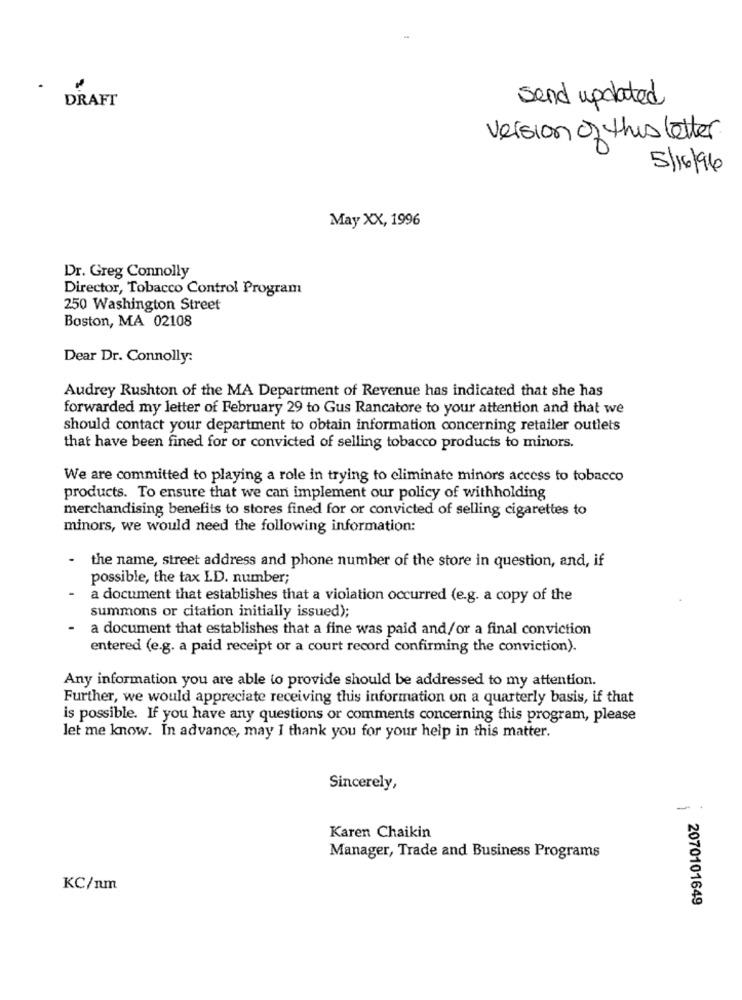
DRAFT
send updated
version of this letter
5/16/96
May XX, 1996
Dr. Greg Connolly
Director, Tobacco Control Program
250 Washington Street
Boston, MA 02108
Dear Dr. Connolly:
Audrey Rushton of the MA Department of Revenue has indicated that she has
forwarded my letter of February 29 to Gus Rancatore to your attention and that we
should contact your department to obtain information concerning retailer outlets
that have been fined for or convicted of selling tobacco products to minors.
We are committed to playing a role in trying to eliminate minors access to tobacco
products. To ensure that we can implement our policy of withholding
merchandising benefits to stores fined for or convicted of selling cigarettes to
minors, we would need the following information:
- the name, street address and phone number of the store in question, and, if
possible, the tax I.D. number;
a document that establishes that a violation occurred (e.g. a copy of the
summons or citation initially issued);
- a document that establishes that a fine was paid and/or a final conviction
entered (e.g. a paid receipt or a court record confirming the conviction).
Any information you are able to provide should be addressed to my attention.
Further, we would appreciate receiving this information on a quarterly basis, if that
is possible. If you have any questions or comments concerning this program, please
let me know. In advance, may I thank you for your help in this matter.
Sincerely,
-
Karen Chaikin
Manager, Trade and Business Programs
KC/nm
2070101649